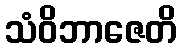
သံဝိဘာဇေတိ